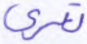
تعرى